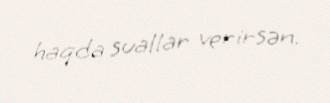
haqda suallar verirsən.